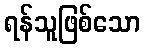
ရန်သူဖြစ်သော